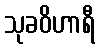
သုခဝိဟာရီ